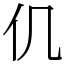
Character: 仉